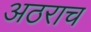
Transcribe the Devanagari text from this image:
अठराच